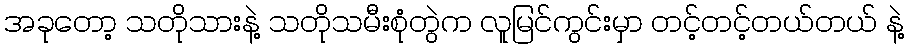
အခုတော့ သတိုသားနဲ့ သတိုသမီးစုံတွဲက လူမြင်ကွင်းမှာ တင့်တင့်တယ်တယ် နဲ့